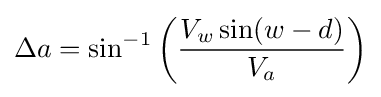
\Delta a=\sin ^{-1}\left({\frac {V_{w}\sin(w-d)}{V_{a}}}\right)